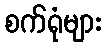
စက်ရုံများ